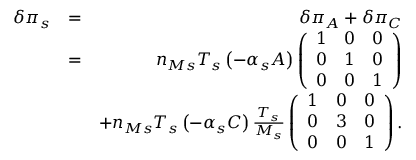
\begin{array} { r l r } { \delta \pi _ { s } } & { = } & { \delta \pi _ { A } + \delta \pi _ { C } } \\ & { = } & { n _ { M s } T _ { s } \left( - \alpha _ { s } A \right) \left( \begin{array} { c c c } { 1 } & { 0 } & { 0 } \\ { 0 } & { 1 } & { 0 } \\ { 0 } & { 0 } & { 1 } \end{array} \right) } \\ & { } & { + n _ { M s } T _ { s } \left( - \alpha _ { s } C \right) \frac { T _ { s } } { M _ { s } } \left( \begin{array} { c c c } { 1 } & { 0 } & { 0 } \\ { 0 } & { 3 } & { 0 } \\ { 0 } & { 0 } & { 1 } \end{array} \right) . } \end{array}